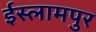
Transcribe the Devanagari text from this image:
ईस्लामपुर